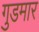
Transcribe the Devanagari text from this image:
गुडमार